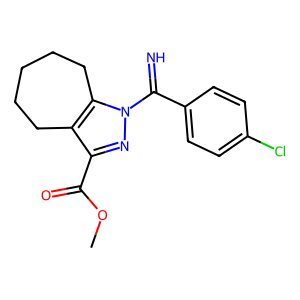
SMILES: COC(=O)c1nn(C(=N)c2ccc(Cl)cc2)c2c1CCCCC2
Inhibits HIV replication: No